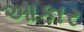
આકાર